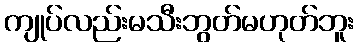
ကျုပ်လည်းမသီးဘွတ်မဟုတ်ဘူး